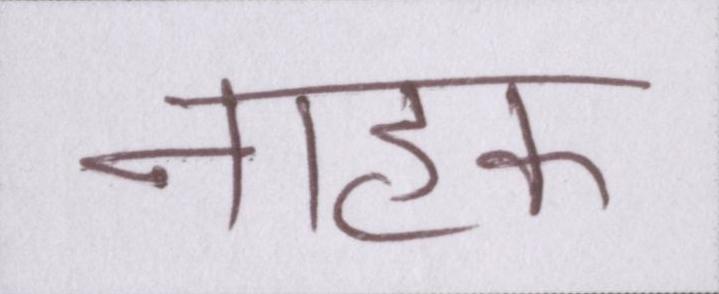
नाहक